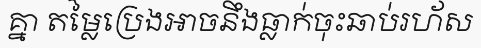
គ្នា តម្លៃប្រេងអាចនឹងធ្លាក់ចុះឆាប់រហ័ស